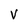
Character: V